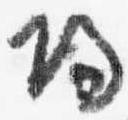
帰